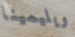
ويليمينا